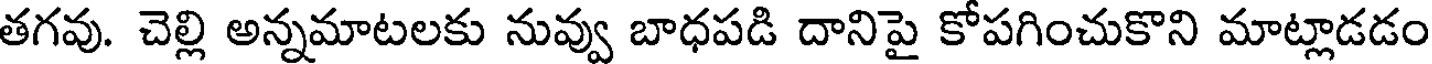
తగవు. చెల్లి అన్నమాటలకు నువ్వు బాధపడి దానిపై కోపగించుకొని మాట్లాడడం